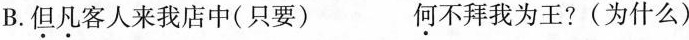
B.但凡客人来我店中(只要) 何不拜我为王?(为什么)